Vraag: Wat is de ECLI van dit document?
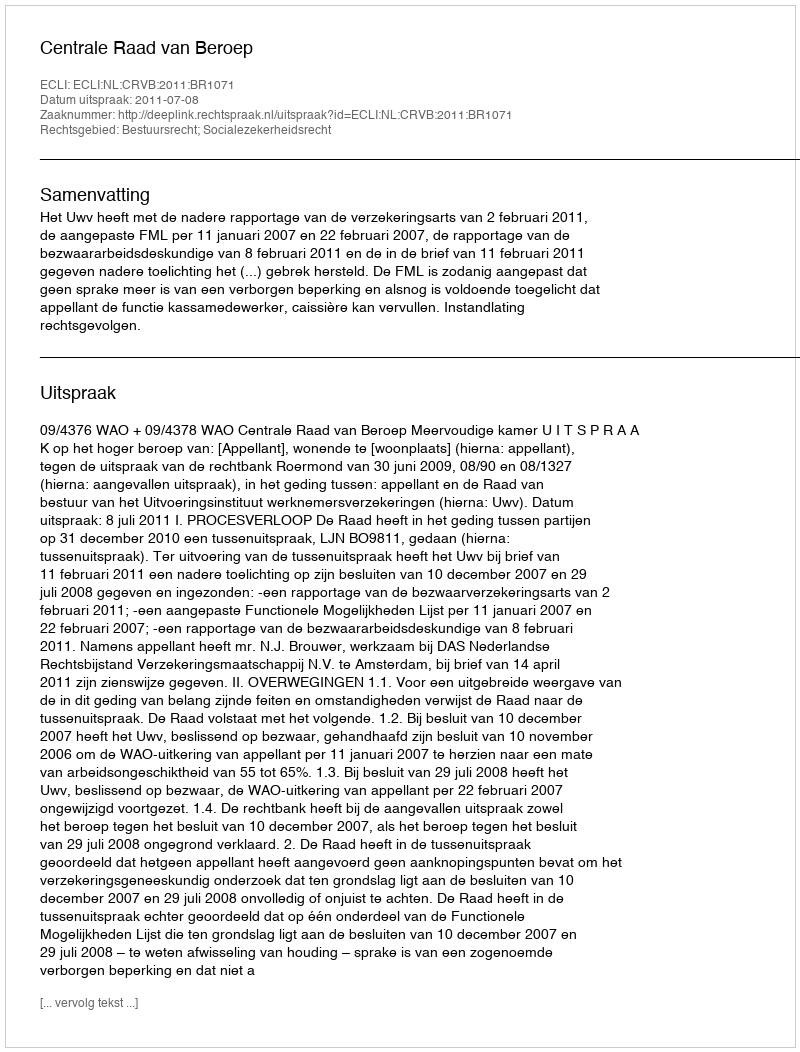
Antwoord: ECLI:NL:CRVB:2011:BR1071